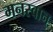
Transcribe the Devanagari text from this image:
मनस्वान्